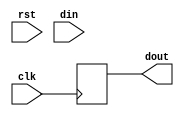



module layer_1_new 
    # ( parameter  LUT_NUM_ONE_EQUATION    		  = 0 , // 171      // and thre are 32 equation
    			         LUT_OUT_NUM_ONE_EQUATION     = 0 , // 174
                   LUT_POLY                     = 0 ,                   
    	             BUS_WIDTH  		              = LUT_NUM_ONE_EQUATION*5  
        )
( 
            input	            		clk      ,   
            input	            		rst      ,   
            input      [BUS_WIDTH-1:0]    	din      ,
            output reg [LUT_OUT_NUM_ONE_EQUATION*32-1:0]       dout 				      

 ) ;






parameter  [0:LUT_NUM_ONE_EQUATION*64*16-1] POLY  = LUT_POLY ;


wire [LUT_NUM_ONE_EQUATION*2*16-1:0]  dout_pre ;


genvar i,j;
generate
    for (i=0; i<16; i=i+1) begin : first_layer_1
    	for (j=0; j<LUT_NUM_ONE_EQUATION; j=j+1) begin : first_layer_2
    	 //   	LUT6 #(
		   	//    .INIT(POLY[i*LUT_NUM_ONE_EQUATION*64+j*64 +: 64])  // Specify LUT Contents
		   	// ) LUT6_inst (
		   	//    .O(dout_pre[i*LUT_NUM_ONE_EQUATION+j]),   // LUT general output
		   	//    .I0(din[j*6]  ), // LUT input
		   	//    .I1(din[j*6+1]), // LUT input
		   	//    .I2(din[j*6+2]), // LUT input
		   	//    .I3(din[j*6+3]), // LUT input
		   	//    .I4(din[j*6+4]), // LUT input
		   	//    .I5(din[j*6+5])  // LUT input
		   	// );
(* DONT_TOUCH= "TRUE" *)  			LUT6_2 #(
   			   .INIT(POLY[i*LUT_NUM_ONE_EQUATION*64+j*64 +: 64]) // Specify LUT Contents
   			) LUT6_2_inst (
   			   .O6(dout_pre[i*LUT_NUM_ONE_EQUATION+j]), // 1-bit LUT6 output
   			   .O5(dout_pre[i*LUT_NUM_ONE_EQUATION+j+16*LUT_NUM_ONE_EQUATION]), // 1-bit lower LUT5 output
   			   .I0(din[j*5]  ), // 1-bit LUT input
   			   .I1(din[j*5+1]), // 1-bit LUT input
   			   .I2(din[j*5+2]), // 1-bit LUT input
   			   .I3(din[j*5+3]), // 1-bit LUT input
   			   .I4(din[j*5+4]), // 1-bit LUT input
   			   .I5(1'b1)  // 1-bit LUT input (fast MUX select only available to O6 output)
   			);
    	end
    end
endgenerate






// integer m,n ;
// always @(posedge clk or posedge rst) begin
// 	if (rst == 1'b1) begin
// 		dout <= 'b0 ;
// 	end
//     else begin
//     	for (m=0; m<32; m=m+1) begin 
//     		for (n=0; n<LUT_OUT_NUM_ONE_EQUATION; n=n+1) begin 
//     			if ( n<LUT_NUM_ONE_EQUATION ) begin
//     				dout[m*LUT_OUT_NUM_ONE_EQUATION+n] <= dout_pre[m*LUT_NUM_ONE_EQUATION+n];
//     			end
//     			else begin
//     				dout[m*LUT_OUT_NUM_ONE_EQUATION+n] <= 1'b0 ;
//     			end
//     		end
//     	end
//     end
// end

always @(posedge clk) begin

            dout <= dout_pre;

end

// always @(posedge clk) begin
//   if (rst == 1'b1) begin
//     dout <= 'b0 ;
//   end
//     else begin

//             dout <= dout_pre;
//           end

// end



endmodule 

// always @(posedge clk or posedge rst) begin
// 	if (rst == 1'b1) begin
// 		dout <= 'b0 ;
// 	end
//     else begin
//        dout <= dout_pre ; 
//     end
// end
// 
// parameter  [0:LUT_NUM_ONE_EQUATION*64*16-1] POLY  = { 
// 64'b1010101010101010101010101010101001010101010101011010101010101010,
// 64'b0011001100110011110011001100110001010101101010100101010110101010,
// 64'b0101101001011010010110100101101000001111111100000000111111110000,
// 64'b1100110011001100110011001100110000001111000011111111000011110000,
// 64'b1111111111111111000000000000000011000011110000110011110000111100,
// 64'b0110011010011001100110010110011000110011001100111100110011001100,
// 64'b0110100101101001100101101001011001011010010110100101101001011010,
// 64'b1111000011110000111100001111000001011010010110100101101001011010,
// 64'b1111111111111111000000000000000011111111111111110000000000000000,
// 64'b1010010101011010101001010101101011000011001111001100001100111100,
// 64'b1010101001010101010101011010101011001100110011001100110011001100,
// 64'b0101010110101010010101011010101000111100001111000011110000111100,
// 64'b1001100101100110100110010110011000000000000000000000000000000000,
// 64'b0110011001100110011001100110011011001100110011001100110011001100,
// 64'b1100001111000011001111000011110010011001100110010110011001100110,
// 64'b1100001100111100110000110011110000000000111111111111111100000000,
// 64'b0011110000111100001111000011110011111111000000001111111100000000,
// 64'b1111111111111111000000000000000010100101010110101010010101011010,
// 64'b0000111111110000000011111111000001011010010110100101101001011010,
// 64'b0000000011111111111111110000000010011001011001101001100101100110,
// 64'b1010010101011010101001010101101000110011110011000011001111001100,
// 64'b1111111111111111000000000000000000000000000000000000000000000000,
// 64'b1100001111000011001111000011110001011010101001011010010101011010,
// 64'b1001100101100110100110010110011011110000111100001111000011110000,
// 64'b1100110000110011001100111100110000001111111100000000111111110000,
// 64'b1010010101011010101001010101101000000000000000000000000000000000,
// 64'b1001011010010110100101101001011011110000111100001111000011110000,
// 64'b0011110011000011110000110011110000111100001111000011110000111100,
// 64'b0000000011111111111111110000000001010101010101011010101010101010,
// 64'b1100001100111100110000110011110001010101010101011010101010101010,
// 64'b1111111111111111000000000000000011001100001100110011001111001100,
// 64'b1100110011001100110011001100110000110011110011000011001111001100,
// 64'b1001011010010110100101101001011011000011110000110011110000111100,
// 64'b1001011001101001011010011001011000001111000011111111000011110000,
// 64'b1111111111111111000000000000000000000000000000000000000000000000,
// 64'b0000000000000000000000000000000011001100001100110011001111001100,
// 64'b1100001100111100110000110011110001010101101010100101010110101010,
// 64'b0101101010100101101001010101101000000000111111111111111100000000,
// 64'b0000000000000000000000000000000000000000000000000000000000000000,
// 64'b1100001100111100110000110011110011111111000000001111111100000000,
// 64'b1111000000001111000011111111000000001111111100000000111111110000,
// 64'b0101010101010101101010101010101011001100110011001100110011001100,
// 64'b0101101010100101101001010101101001100110011001100110011001100110,
// 64'b0000000000000000000000000000000010100101101001010101101001011010,
// 64'b0101101001011010010110100101101010100101101001010101101001011010,
// 64'b1100001100111100110000110011110000001111111100000000111111110000,
// 64'b0011110011000011110000110011110001010101101010100101010110101010,
// 64'b1010101010101010101010101010101010101010101010101010101010101010,
// 64'b1010101010101010101010101010101000001111000011111111000011110000,
// 64'b1111000000001111000011111111000010011001100110010110011001100110,
// 64'b1100110000110011001100111100110011111111111111110000000000000000,
// 64'b1010101010101010101010101010101010101010101010101010101010101010,
// 64'b0101101010100101101001010101101011111111111111110000000000000000,
// 64'b0011001111001100001100111100110000000000111111111111111100000000,
// 64'b0011110000111100001111000011110011110000111100001111000011110000,
// 64'b1010101001010101010101011010101000111100001111000011110000111100,
// 64'b0101010101010101101010101010101000110011110011000011001111001100,
// 64'b0101010101010101101010101010101010011001011001101001100101100110,
// 64'b1001100101100110100110010110011010101010010101010101010110101010,
// 64'b0000000011111111111111110000000000110011001100111100110011001100,
// 64'b1001100110011001011001100110011011001100110011001100110011001100,
// 64'b0110100110010110011010011001011011111111000000001111111100000000,
// 64'b1010101010101010101010101010101010010110100101101001011010010110,
// 64'b1111000000001111000011111111000010101010101010101010101010101010,
// 64'b1111111100000000111111110000000001100110011001100110011001100110,
// 64'b0110011010011001100110010110011000000000000000000000000000000000,
// 64'b1001011010010110100101101001011001010101010101011010101010101010,
// 64'b0101010110101010010101011010101001010101101010100101010110101010,
// 64'b1111111111111111000000000000000000001111111100000000111111110000,
// 64'b1001100110011001011001100110011000001111000011111111000011110000,
// 64'b0000000011111111111111110000000011000011110000110011110000111100,
// 64'b0000000000000000000000000000000000110011001100111100110011001100,
// 64'b0000111100001111111100001111000001011010010110100101101001011010,
// 64'b0110100101101001100101101001011001011010010110100101101001011010,
// 64'b0011001100110011110011001100110011111111111111110000000000000000,
// 64'b0110011010011001100110010110011011000011001111001100001100111100,
// 64'b0101010101010101101010101010101011001100110011001100110011001100,
// 64'b0011001111001100001100111100110000111100001111000011110000111100,
// 64'b1100001111000011001111000011110010101010101010101010101010101010,
// 64'b0110100110010110011010011001011011111111111111110000000000000000,
// 64'b0011001100110011110011001100110011000011110000110011110000111100,
// 64'b0000000000000000000000000000000011001100001100110011001111001100,
// 64'b1001011010010110100101101001011000000000111111111111111100000000,
// 64'b0101010101010101101010101010101011000011110000110011110000111100,
// 64'b1010101010101010101010101010101000110011001100111100110011001100,
// 64'b1111111100000000111111110000000001101001100101100110100110010110,
// 64'b0110100110010110011010011001011011001100001100110011001111001100,
// 64'b0101101001011010010110100101101010100101010110101010010101011010,
// 64'b0110100101101001100101101001011011110000111100001111000011110000,
// 64'b0110011001100110011001100110011010100101010110101010010101011010,
// 64'b0101101001011010010110100101101010010110100101101001011010010110,
// 64'b1010010101011010101001010101101001100110011001100110011001100110,
// 64'b1010010101011010101001010101101000110011001100111100110011001100,
// 64'b1010101010101010101010101010101011111111000000001111111100000000,
// 64'b0110011001100110011001100110011001101001011010011001011010010110,
// 64'b0011110011000011110000110011110010101010101010101010101010101010,
// 64'b1010101001010101010101011010101011000011110000110011110000111100,
// 64'b0000111100001111111100001111000000110011001100111100110011001100,
// 64'b0000111100001111111100001111000001100110100110011001100101100110,
// 64'b1100001100111100110000110011110011110000111100001111000011110000,
// 64'b1001011010010110100101101001011011000011110000110011110000111100,
// 64'b0110100101101001100101101001011001010101010101011010101010101010,
// 64'b1100001100111100110000110011110010011001100110010110011001100110,
// 64'b1010101010101010101010101010101001011010010110100101101001011010,
// 64'b0110011010011001100110010110011000111100001111000011110000111100,
// 64'b1111111100000000111111110000000011110000111100001111000011110000,
// 64'b1001011010010110100101101001011001010101010101011010101010101010,
// 64'b1111000011110000111100001111000011000011001111001100001100111100,
// 64'b0000111111110000000011111111000001100110011001100110011001100110,
// 64'b1111111100000000111111110000000000001111111100000000111111110000,
// 64'b0011110011000011110000110011110001011010010110100101101001011010,
// 64'b1010010101011010101001010101101001101001011010011001011010010110,
// 64'b1010010101011010101001010101101001010101101010100101010110101010,
// 64'b0110011001100110011001100110011000001111111100000000111111110000,
// 64'b0110100101101001100101101001011001100110011001100110011001100110,
// 64'b0000111100001111111100001111000010010110100101101001011010010110,
// 64'b0101010110101010010101011010101010011001011001101001100101100110,
// 64'b1100001111000011001111000011110000001111111100000000111111110000,
// 64'b0101010101010101101010101010101011111111000000001111111100000000,
// 64'b1100001100111100110000110011110011001100110011001100110011001100,
// 64'b1111111100000000111111110000000001011010101001011010010101011010,
// 64'b0000000011111111111111110000000000111100001111000011110000111100,
// 64'b1111111111111111000000000000000000000000111111111111111100000000,
// 64'b1111000000001111000011111111000000110011110011000011001111001100,
// 64'b0110011010011001100110010110011011000011001111001100001100111100,
// 64'b1100110000110011001100111100110010011001100110010110011001100110,
// 64'b0011110000111100001111000011110000000000111111111111111100000000,
// 64'b1100001100111100110000110011110000111100001111000011110000111100,
// 64'b0101010110101010010101011010101011000011001111001100001100111100,
// 64'b0110011001100110011001100110011000111100001111000011110000111100,
// 64'b1010010101011010101001010101101010101010010101010101010110101010,
// 64'b0101010101010101101010101010101011001100110011001100110011001100,
// 64'b0000000011111111111111110000000010101010101010101010101010101010,
// 64'b0011001100110011110011001100110000000000111111111111111100000000,
// 64'b0000000000000000000000000000000001011010101001011010010101011010,
// 64'b1100110000110011001100111100110010011001011001101001100101100110,
// 64'b1100001100111100110000110011110011001100110011001100110011001100,
// 64'b1001100110011001011001100110011000000000111111111111111100000000,
// 64'b0101101001011010010110100101101011000011110000110011110000111100,
// 64'b0000000000000000000000000000000011110000000011110000111111110000,
// 64'b0101101001011010010110100101101000001111000011111111000011110000,
// 64'b0110011010011001100110010110011010100101101001010101101001011010,
// 64'b1010010101011010101001010101101010010110100101101001011010010110,
// 64'b0110011010011001100110010110011000110011001100111100110011001100,
// 64'b1111111111111111000000000000000001011010010110100101101001011010,
// 64'b0000111100001111111100001111000011001100110011001100110011001100,
// 64'b1001011010010110100101101001011011111111111111110000000000000000,
// 64'b0101010101010101101010101010101001100110100110011001100101100110,
// 64'b0110100110010110011010011001011001101001011010011001011010010110,
// 64'b0011001111001100001100111100110011110000111100001111000011110000,
// 64'b1100110011001100110011001100110011111111111111110000000000000000,
// 64'b0110011010011001100110010110011010100101010110101010010101011010,
// 64'b1010010101011010101001010101101010101010010101010101010110101010,
// 64'b1001100110011001011001100110011001010101101010100101010110101010,
// 64'b1001011001101001011010011001011010011001011001101001100101100110,
// 64'b0000000000000000000000000000000001101001100101100110100110010110,
// 64'b0110100101101001100101101001011011110000111100001111000011110000,
// 64'b1001100110011001011001100110011010011001011001101001100101100110,
// 64'b0000111111110000000011111111000011110000111100001111000011110000,
// 64'b1010010101011010101001010101101000000000000000000000000000000000,
// 64'b0011001100110011110011001100110001101001011010011001011010010110,
// 64'b1111000011110000111100001111000001101001100101100110100110010110,
// 64'b0110011001100110011001100110011001010101101010100101010110101010,
// 64'b0000000000000000000000000000000000000000000000000000000000000000,
// 64'b0011110000111100001111000011110001100110100110011001100101100110,
// 64'b1100001111000011001111000011110000110011001100111100110011001100,
// 64'b1001011001101001011010011001011010011001100110010110011001100110,
// 64'b1100001111000011001111000011110011000011110000110011110000111100,
// 64'b0011001111001100001100111100110011000011001111001100001100111100,
// 64'b1100001100111100110000110011110011111111000000001111111100000000,
// 64'b1001011010010110100101101001011011000011110000110011110000111100,
// 64'b1010101001010101010101011010101011111111000000001111111100000000,
// 64'b1100110000110011001100111100110000000000000000000000000000000000,
// 64'b1111000011110000111100001111000011000011001111001100001100111100,
// 64'b0101010110101010010101011010101010010110011010010110100110010110,
// 64'b0011110000111100001111000011110000110011001100111100110011001100,
// 64'b0000000000000000000000000000000000000000000000000000000000000000,
// 64'b0000111111110000000011111111000011000011110000110011110000111100,
// 64'b0000111111110000000011111111000001011010010110100101101001011010,
// 64'b1001011001101001011010011001011010010110100101101001011010010110,
// 64'b1010010101011010101001010101101010100101010110101010010101011010,
// 64'b0101101001011010010110100101101010100101010110101010010101011010,
// 64'b1111000000001111000011111111000011111111111111110000000000000000,
// 64'b1100001100111100110000110011110000001111111100000000111111110000,
// 64'b0011001100110011110011001100110001010101010101011010101010101010,
// 64'b1010010110100101010110100101101000000000000000000000000000000000,
// 64'b0101010110101010010101011010101011110000000011110000111111110000,
// 64'b0011001100110011110011001100110000111100110000111100001100111100,
// 64'b0000111111110000000011111111000001011010010110100101101001011010,
// 64'b0000000000000000000000000000000010101010101010101010101010101010,
// 64'b0000000011111111111111110000000000001111111100000000111111110000,
// 64'b0000000011111111111111110000000010011001011001101001100101100110,
// 64'b0011110011000011110000110011110011000011001111001100001100111100,
// 64'b0110011010011001100110010110011011001100001100110011001111001100,
// 64'b0011001111001100001100111100110000110011110011000011001111001100,
// 64'b0000000011111111111111110000000000000000000000000000000000000000,
// 64'b0101101010100101101001010101101010101010010101010101010110101010,
// 64'b1111000011110000111100001111000011001100110011001100110011001100,
// 64'b1001100101100110100110010110011010101010101010101010101010101010,
// 64'b1001100110011001011001100110011000000000111111111111111100000000,
// 64'b1111000011110000111100001111000001011010101001011010010101011010,
// 64'b1010101001010101010101011010101010011001011001101001100101100110,
// 64'b0000000000000000000000000000000011001100110011001100110011001100,
// 64'b1111111111111111000000000000000000000000111111111111111100000000,
// 64'b0101010101010101101010101010101011000011110000110011110000111100,
// 64'b0101101010100101101001010101101011110000000011110000111111110000,
// 64'b0110100101101001100101101001011000001111000011111111000011110000,
// 64'b0101101001011010010110100101101001011010010110100101101001011010

//  } ;